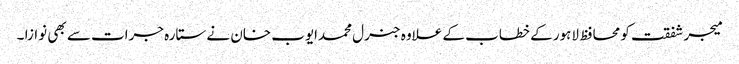
میجر شفقت کو محافظ لاہور کے خطاب کے علاوہ جنرل محمدایوب خان نے ستارہ جرات سے بھی نوازا ۔